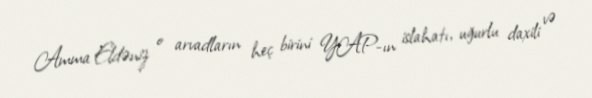
Amma Eldəniz o arvadların heç birini YAP-ın islahatı, uğurlu daxili və